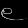
Digit: ၉